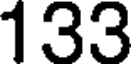
133